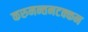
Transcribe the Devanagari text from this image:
करुनन्तनटक्कन